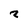
Character: 2